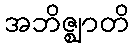
အဘိဇ္ဈာတိ